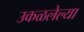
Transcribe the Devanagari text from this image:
उकळलेल्या